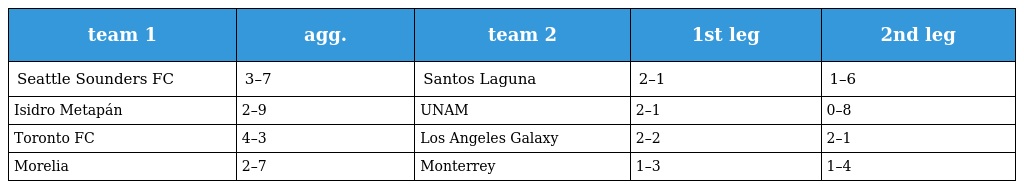
| team 1 | agg. | team 2 | 1st leg | 2nd leg |
 | --- | --- | --- | --- | --- |
 | Seattle Sounders FC | 3–7 | Santos Laguna | 2–1 | 1–6 |
 | Isidro Metapán | 2–9 | UNAM | 2–1 | 0–8 |
 | Toronto FC | 4–3 | Los Angeles Galaxy | 2–2 | 2–1 |
 | Morelia | 2–7 | Monterrey | 1–3 | 1–4 |